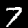
Label: 7